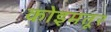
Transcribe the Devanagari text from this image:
कोइमतूर